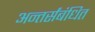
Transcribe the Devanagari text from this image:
अन्तर्संबंधित